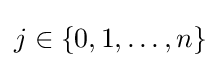
j\in \{0,1,\dotsc ,n\}